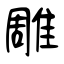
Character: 雕